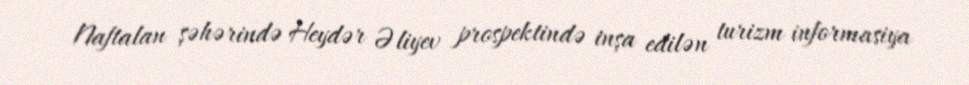
Naftalan şəhərində Heydər Əliyev prospektində inşa edilən turizm informasiya